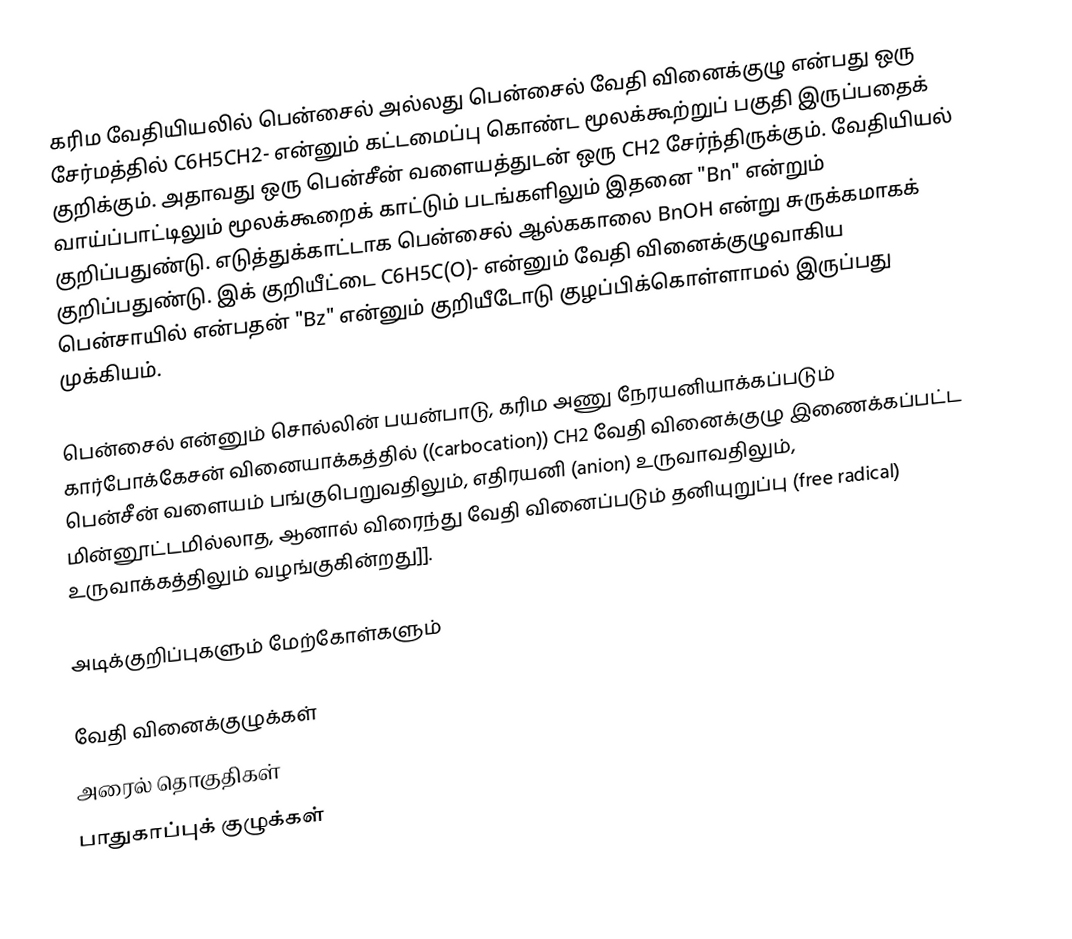
கரிம வேதியியலில் பென்சைல் அல்லது பென்சைல் வேதி வினைக்குழு என்பது  ஒரு சேர்மத்தில் C6H5CH2- என்னும் கட்டமைப்பு கொண்ட மூலக்கூற்றுப் பகுதி இருப்பதைக் குறிக்கும். அதாவது ஒரு பென்சீன் வளையத்துடன் ஒரு CH2 சேர்ந்திருக்கும். வேதியியல் வாய்ப்பாட்டிலும் மூலக்கூறைக் காட்டும் படங்களிலும் இதனை "Bn" என்றும் குறிப்பதுண்டு. எடுத்துக்காட்டாக பென்சைல் ஆல்ககாலை BnOH என்று சுருக்கமாகக் குறிப்பதுண்டு. இக் குறியீட்டை C6H5C(O)- என்னும் வேதி வினைக்குழுவாகிய பென்சாயில் என்பதன் "Bz" என்னும் குறியீடோடு குழப்பிக்கொள்ளாமல் இருப்பது முக்கியம்.

பென்சைல் என்னும் சொல்லின் பயன்பாடு, கரிம அணு நேரயனியாக்கப்படும் கார்போக்கேசன் வினையாக்கத்தில் ((carbocation)) CH2 வேதி வினைக்குழு இணைக்கப்பட்ட பென்சீன் வளையம் பங்குபெறுவதிலும், எதிரயனி (anion) உருவாவதிலும், மின்னூட்டமில்லாத, ஆனால் விரைந்து வேதி வினைப்படும் தனியுறுப்பு (free radical) உருவாக்கத்திலும் வழங்குகின்றது]].

அடிக்குறிப்புகளும் மேற்கோள்களும்

வேதி வினைக்குழுக்கள்
அரைல் தொகுதிகள்
பாதுகாப்புக் குழுக்கள்